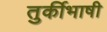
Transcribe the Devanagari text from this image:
तुर्कीभाषी